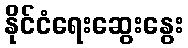
နိုင်ငံရေးဆွေးနွေး